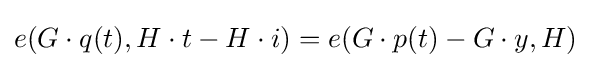
e(G\cdot q(t),H\cdot t-H\cdot i)=e(G\cdot p(t)-G\cdot y,H)